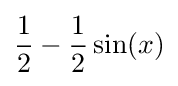
{\frac {1}{2}}-{\frac {1}{2}}\sin(x)